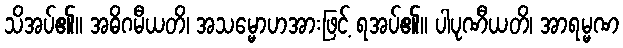
သိအပ်၏။ အဓိဂမီယတိ၊ အသမ္မောဟအားဖြင့် ရအပ်၏။ ပါပုဏီယတိ၊ အာရမ္မဏ